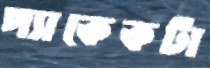
প্যাকেকটা